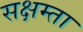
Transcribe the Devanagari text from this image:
सक्षम्ता